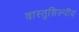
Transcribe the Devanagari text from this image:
वास्‍तुशिल्‍पीय